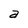
Character: a